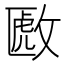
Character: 𫿈